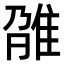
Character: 𨾫